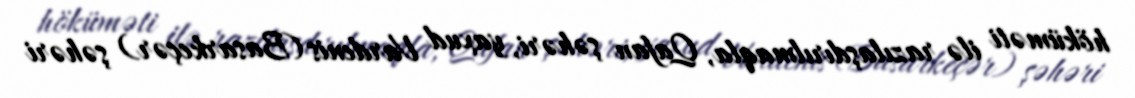
höküməti ilə razılaşdırılmaqla, Qafan şəhəri, yaxud Vardenis (Basarkeçər) şəhəri